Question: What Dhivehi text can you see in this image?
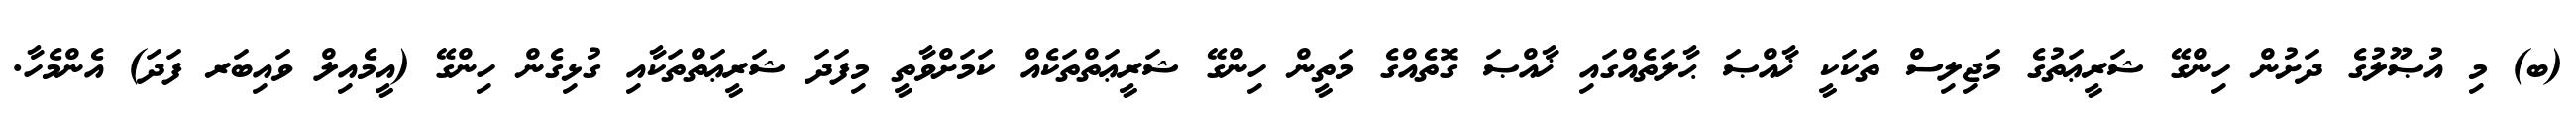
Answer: (ބ) މި އުޞޫލުގެ ދަށުން ހިންގޭ ޝަރީޢަތުގެ މަޖިލިސް ތަކަކީ ޚާއްޞަ ޙާލަތެއްގައި ޚާއްޞަ ގޮތެއްގެ މަތީން ހިންގޭ ޝަރީޢަތްތަކެއް ކަމަށްވާތީ މިފަދަ ޝަރީޢަތްތަކާއި ގުޅިގެން ހިންގޭ (އީމެއިލް ވައިބަރ ފަދަ) އެންމެހާ.